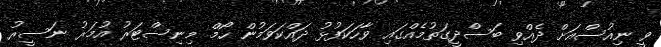
ވީ ނިއުސްއަށް ދެއްވި ބަސްދީގަތުމެއްގައި ވާހަކަފުޅު ދައްކަވަމުން ހޯމް މިނިސްޓަރު އުމަރު ނަސީރު